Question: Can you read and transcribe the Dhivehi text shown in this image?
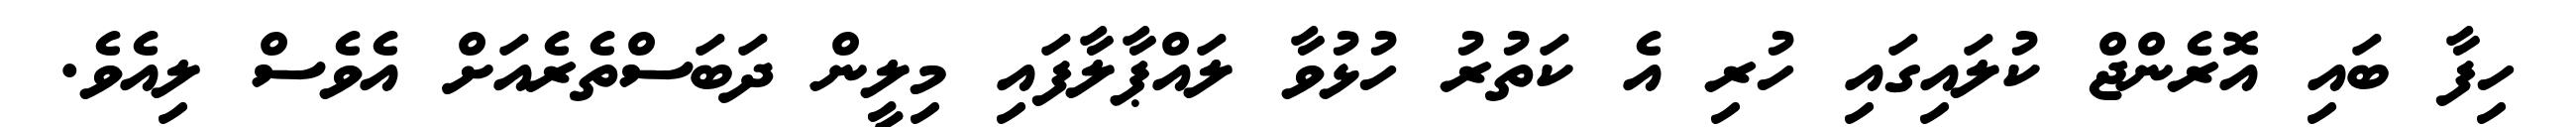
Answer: ހިފާ ބައި އޮރެންޖް ކުލައިގައި ހުރި އެ ކަތުރު ހުޅުވާ ލައްޕާލާފައި މިލީން ދަބަސްތެރެއަށް އެވެސް ލިއެވެ.